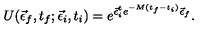
U ( \vec { \epsilon } _ { f } , t _ { f } ; \vec { \epsilon } _ { i } , t _ { i } ) = e ^ { \vec { \epsilon } _ { i } ^ { t } e ^ { - M ( t _ { f } - t _ { i } ) } \vec { \epsilon } _ { f } } .